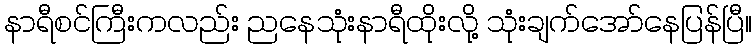
နာရီစင်ကြီးကလည်း ညနေသုံးနာရီထိုးလို့ သုံးချက်အော်နေပြန်ပြီ။